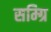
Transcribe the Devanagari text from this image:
सम्ग्रि